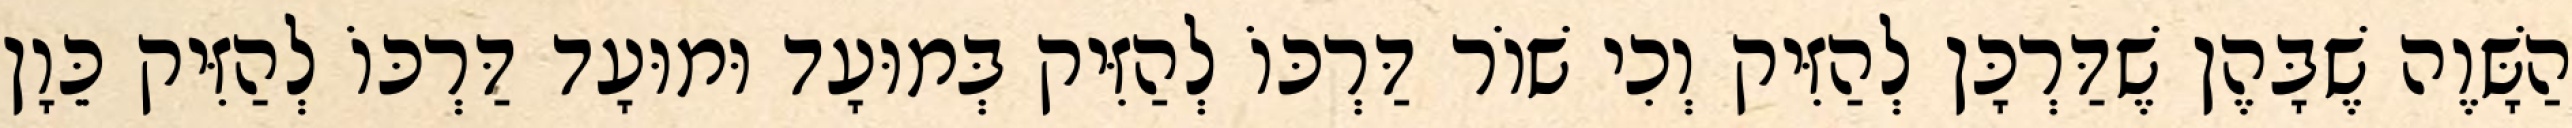
הַשָּׁוֶה שֶׁבָּהֶן שֶׁדַּרְכָּן לְהַזִּיק וְכִי שׁוֹר דַּרְכּוֹ לְהַזִּיק בְּמוּעָד וּמוּעָד דַּרְכּוֹ לְהַזִּיק כֵּוָן